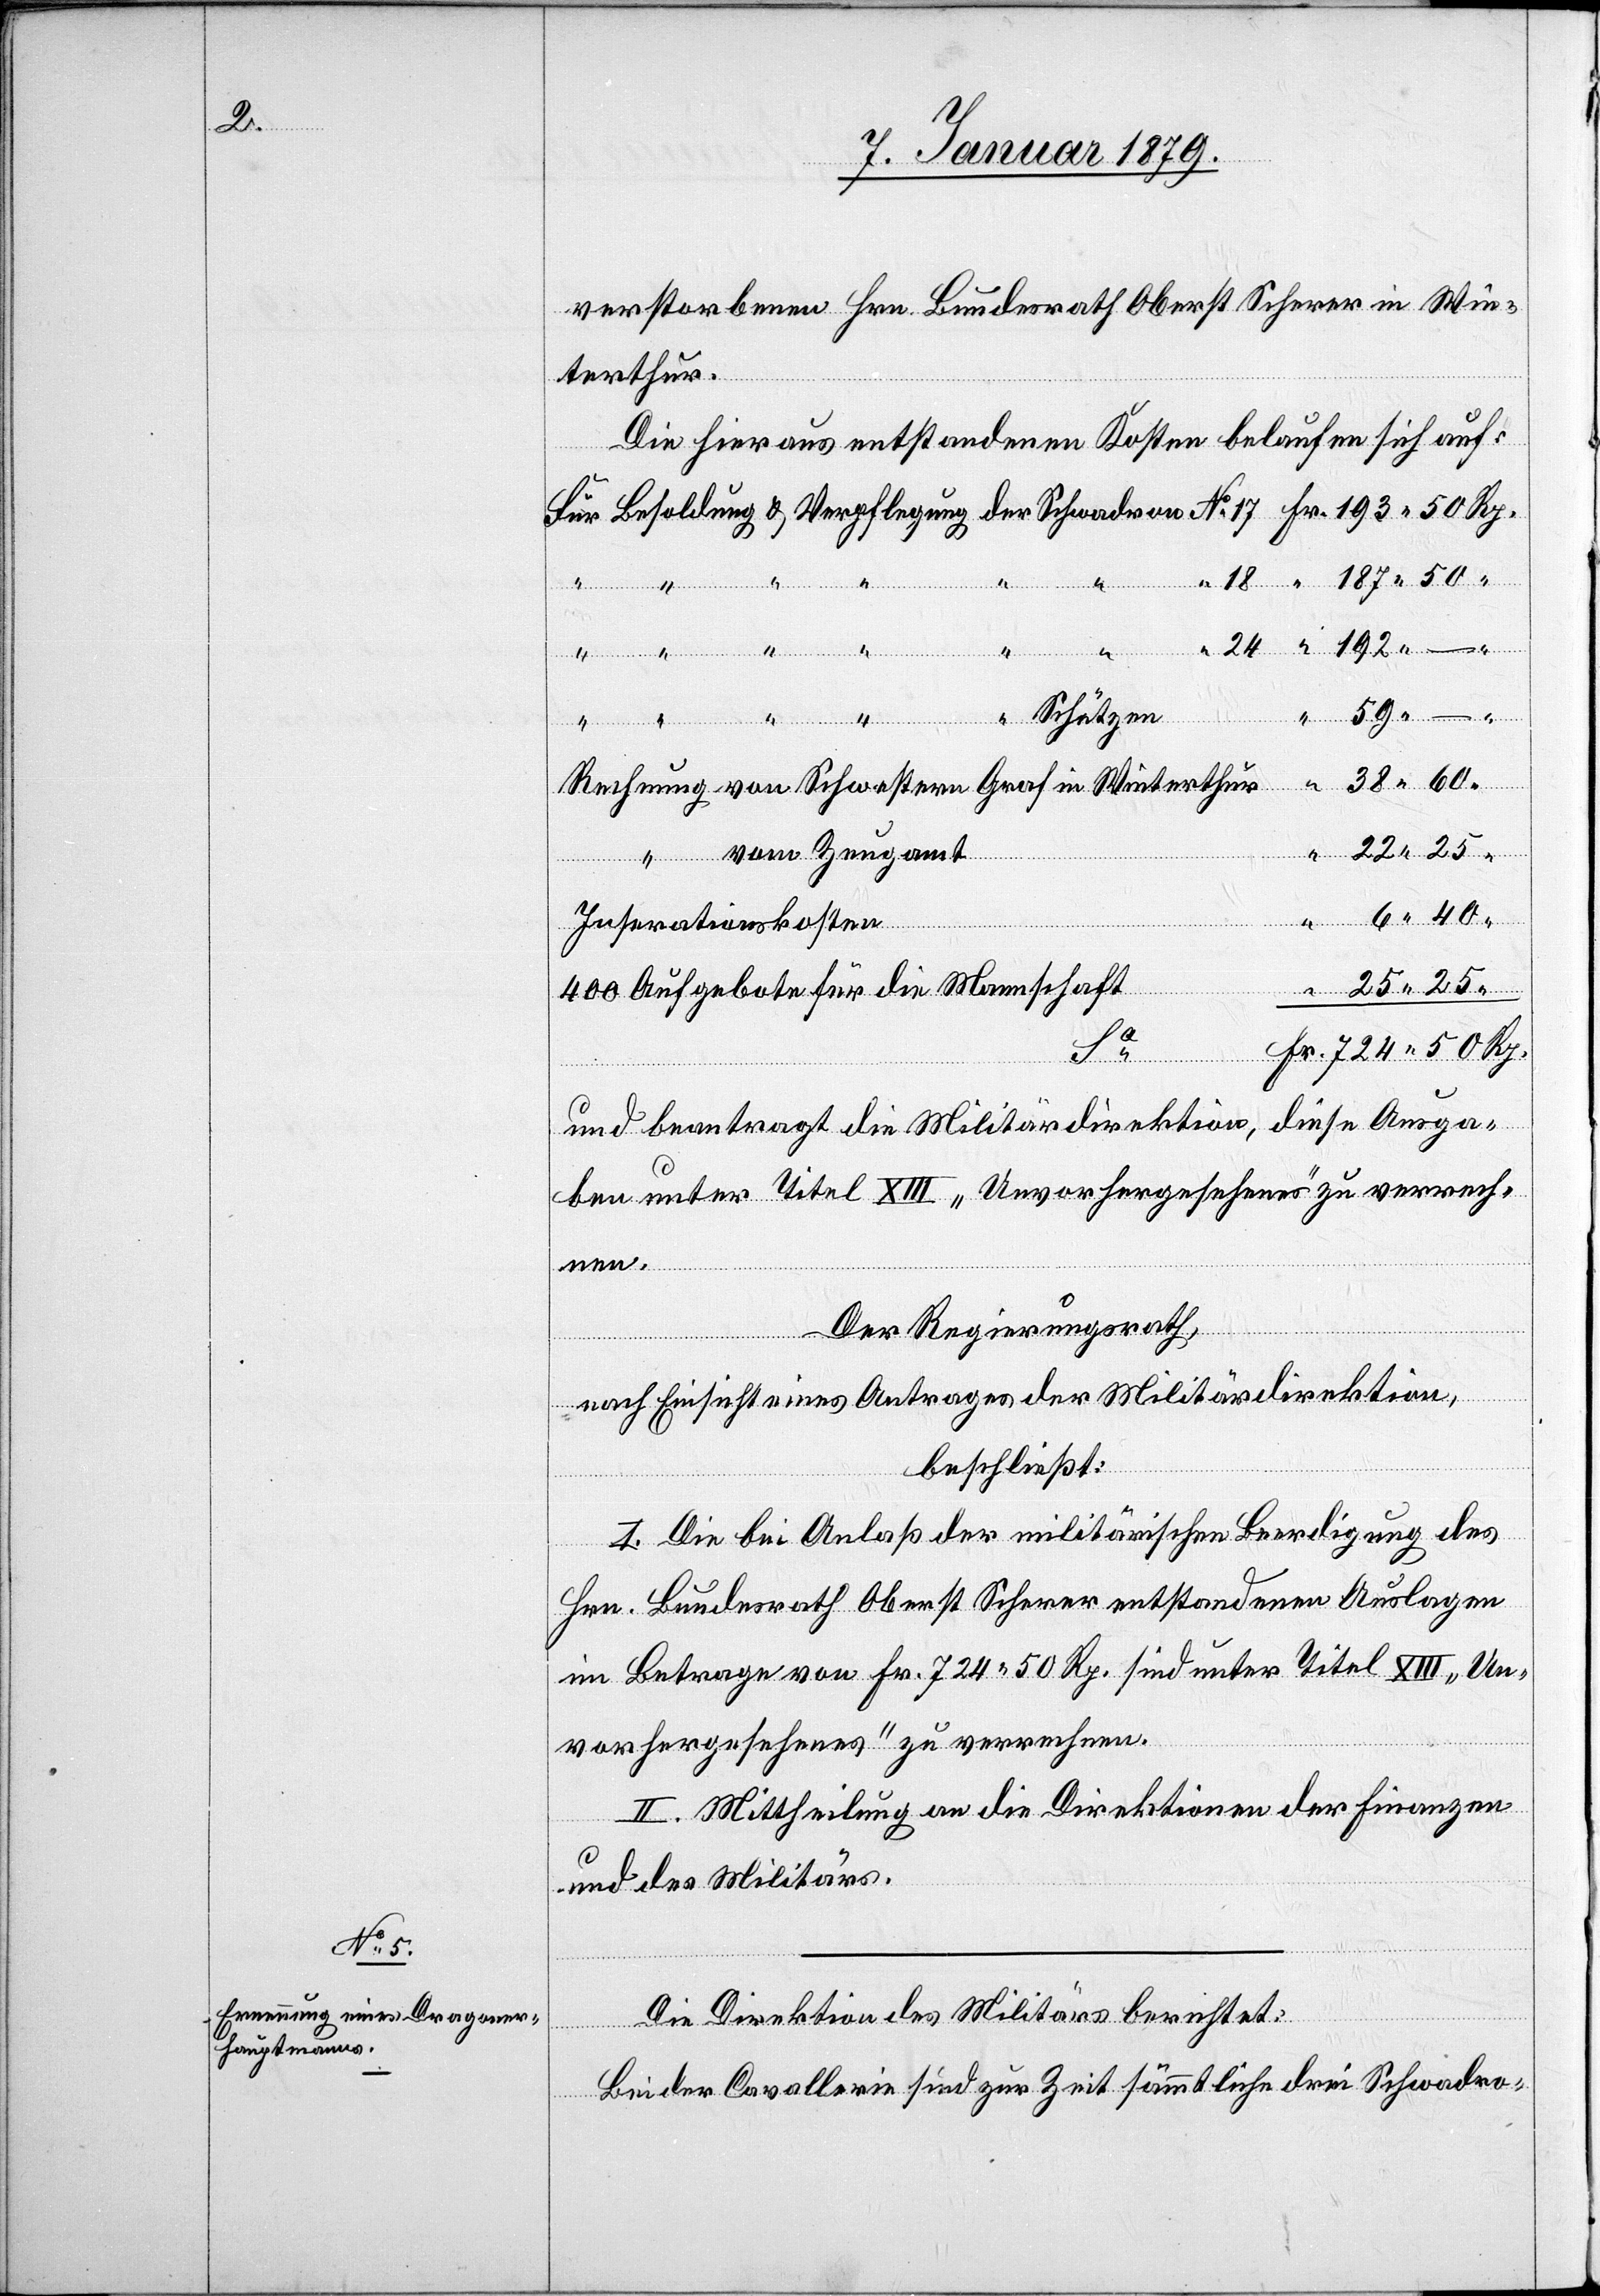
Zeu¬

gamt

verstorbenen Hrn. Bundesrath Oberst Scherer in Win¬
terthur.
Die hieraus entstandenen Kosten belaufen sich auf:
legung
Schwestern Graf in Winterthur
50
Schützen
Rech¬
“
22.
Fr.
vom
Inserationskosten
400 Aufgebote für die Mannschaft
Rp.
und beantragt die Militärdirektion, diese Ausga¬
ben unter Titel XIII „Unvorhergesehenes“ zu verrech¬
ldung
nen.
Der Regierungsrath,
nach Einsicht eines Antrages der Militärdirektion,
beschließt:
I. Die bei Anlaß der militärischen Beerdigung des
Hrn. Bundesrath Oberst Scherer entstandenen Auslagen
im Betrage von Fr. 724 & 50 Rp. sind unter Titel XIII „Un¬
vorhergesehenes“ zu verrechnen.
II. Mittheilung an die Direktionen der Finanzen
und des Militärs.
Die Direktion des Militärs berichtet:
Bei der Cavallerie sind zur Zeit sämmtliche drei Schwadro-